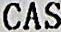
CASH